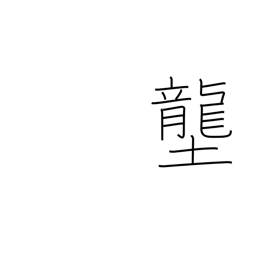
Meaning: rice field dike